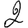
Digit: 2